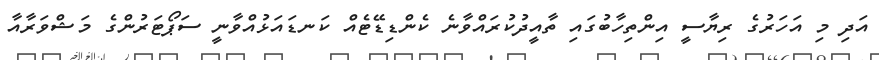
އަދި މި އަހަރުގެ ރިޔާސީ އިންތިހާބުގައި ތާއީދުކުރައްވާނެ ކެންޑިޑޭޓެއް ކަނޑައަޅުއްވާނީ ސަޕޯޓަރުންގެ މަޝްވަރާއާ